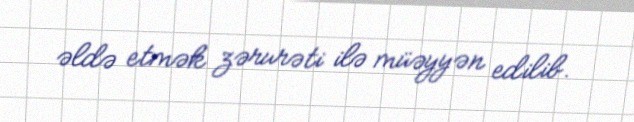
əldə etmək zərurəti ilə müəyyən edilib.